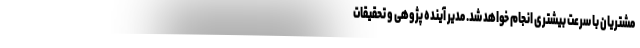
مشتریان با سرعت بیشتری انجام خواهد شد. مدیر آینده پژوهی و تحقیقات